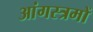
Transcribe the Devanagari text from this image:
आंगस्त्रमों